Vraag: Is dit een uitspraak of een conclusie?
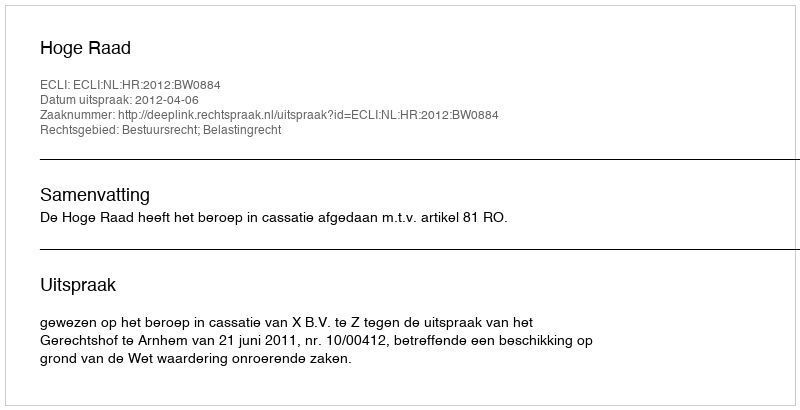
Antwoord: Uitspraak